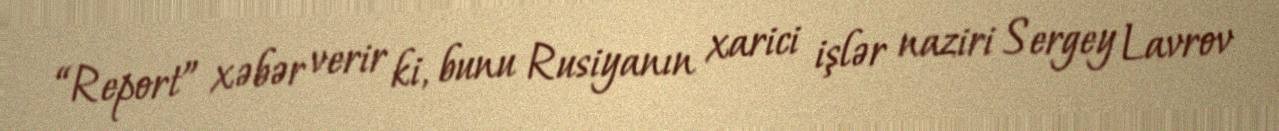
“Report” xəbər verir ki, bunu Rusiyanın xarici işlər naziri Sergey Lavrov